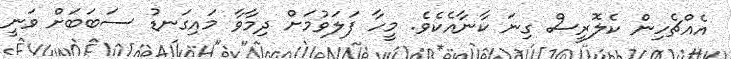
އެއްޗެހިން ކެލޮރީސް ގިނަ ކާނާއެކެވެ. މީހާ ފަލަވުމަށް ދިމާވާ މައިގަނޑު ސަބަބަށް ވަނީ